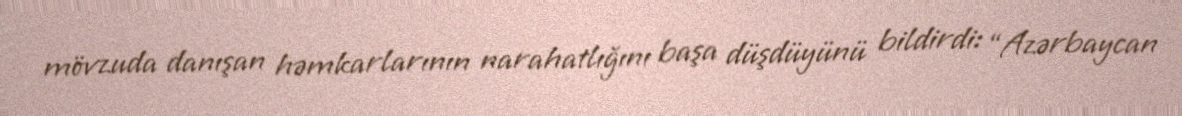
mövzuda danışan həmkarlarının narahatlığını başa düşdüyünü bildirdi: “Azərbaycan